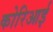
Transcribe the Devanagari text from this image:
कोरिआई